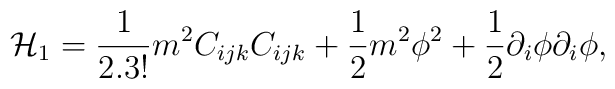
{\cal H}_1 = \frac{1}{2.3!}m^2 C_{ijk}C_{ijk} + \frac{1}{2}m^2 \phi^{2}+ \frac{1}{2}\partial_{i}\phi \partial_{i}\phi ,